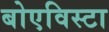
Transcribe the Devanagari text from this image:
बोएविस्टा